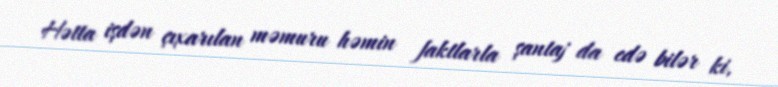
Hətta işdən çıxarılan məmuru həmin faktlarla şantaj da edə bilər ki,